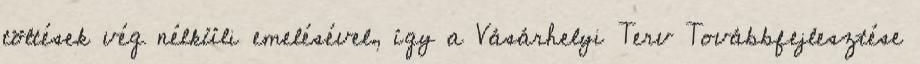
töltések vég nélküli emelésével, így a Vásárhelyi Terv Továbbfejlesztése